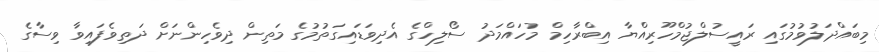
މިބައްދަލުވުމުގައި ރައީސުލްޖުމްހޫރިއްޔާ އިބްރާހިމް މުހައްމަދު ސޯލިހްގެ އެދިވަޑައިގަތުމުގެ މަތިން ދިވެހިންނަށް ދަތިވެފައިވާ ވިސާގެ